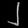
Digit: ၂